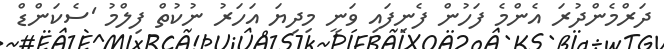
ދަރްމެންދުރަ އެންމެ ފަހުން ފެނިފައި ވަނީ މިދިޔަ އަހަރު ނުކުތް ފިލްމު 'ސެކަންޑް